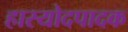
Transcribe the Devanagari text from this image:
हास्योदपादक